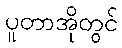
ပူတာအိုတွင်